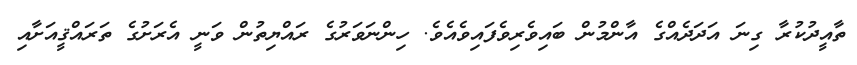
ތާއީދުކުރާ ގިނަ އަދަދެއްގެ އާންމުން ބައިވެރިވެފައިވެއެވެ. ހިންނަވަރުގެ ރައްޔިތުން ވަނީ އެރަށުގެ ތަރައްޤީއަށާއި